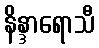
နိန္ဒာရောသီ